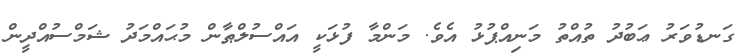
ގަނޑުވަރު ޢަބުދު ތުއްތު މަނިއްޕުޅު އެވެ. މަންމާ ފުޅަކީ އައްސުލްޠާން މުޙައްމަދު ޝަމްސުއްދީން